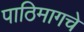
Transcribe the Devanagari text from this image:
पाठिमागचे